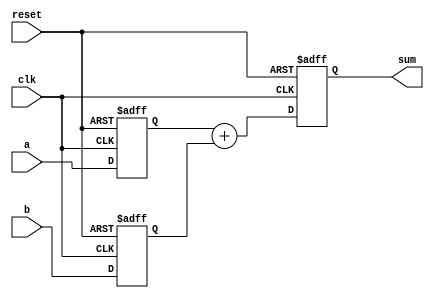
module fixed_point_adder (
    input wire signed [7:0] a,
    input wire signed [7:0] b,
    input wire clk,
    input wire reset,
    output reg signed [8:0] sum
);

reg signed [7:0] a_reg;
reg signed [7:0] b_reg;

always @(posedge clk or posedge reset) begin
    if (reset) begin
        a_reg <= 0;
        b_reg <= 0;
        sum <= 0;
    end else begin
        a_reg <= a;
        b_reg <= b;
        sum <= a_reg + b_reg;
    end
end

endmodule